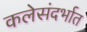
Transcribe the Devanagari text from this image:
कलेसंदर्भात